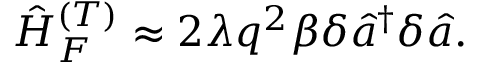
\hat { H } _ { F } ^ { ( T ) } \approx 2 \lambda q ^ { 2 } \beta \delta \hat { a } ^ { \dagger } \delta \hat { a } .